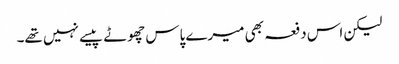
لیکن اس دفعہ بھی میرے پاس چھوٹے پیسے نہیں تھے۔